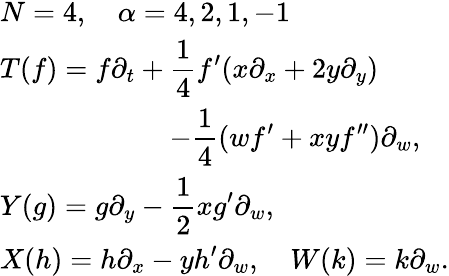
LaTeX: \begin{array}{l}{{N=4,\quad\alpha=4,2,1,-1}}\\ {{\displaystyle T(f)=f\partial_{t}+\frac{1}{4}f^{\prime}(x\partial_{x}+2y\partial_{y})}}\\ {{\displaystyle\qquad\qquad\qquad-\frac{1}{4}(wf^{\prime}+xyf^{\prime\prime})\partial_{w},}}\\ {{\displaystyle Y(g)=g\partial_{y}-\frac{1}{2}xg^{\prime}\partial_{w},}}\\ {{\displaystyle X(h)=h\partial_{x}-yh^{\prime}\partial_{w},\quad W(k)=k\partial_{w}.}}\end{array}